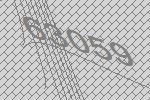
63059